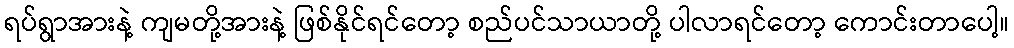
ရပ်ရွာအားနဲ့ ကျမတို့အားနဲ့ ဖြစ်နိုင်ရင်တော့ စည်ပင်သာယာတို့ ပါလာရင်တော့ ကောင်းတာပေါ့။